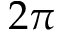
2 \pi